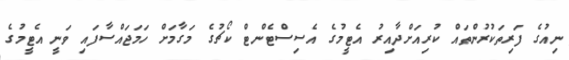
ނިއުގެ ފަރިތަކުރުންތައް ކުރިއަށްދާއިރު އެޓީމުގެ އެސިސްޓެންޓް ކޯޗުގެ މަގާމަށް ހަމަޖައްސާފައި ވަނީ އެޓީމުގެ